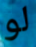
لو